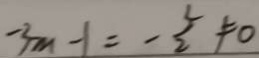
- 3 m - 1 = - \frac { 5 } { 2 } \neq 0